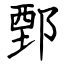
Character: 鄄